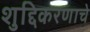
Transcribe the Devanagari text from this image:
शुद्दिकरणाचे